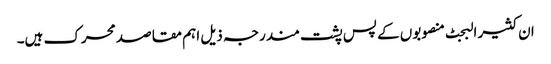
ان کثیر البجٹ منصوبوں کے پس پشت مندرجہ ذیل اہم مقاصد محرک ہیں۔